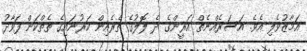
އަމާޒުވެލި އެވެ. އަސަރެއްނެތް އަރީންގެ ދެ ލޮލުގެ ތެރެއިން ކަރުނައިގެ ތެތްކަން ފަވާދު